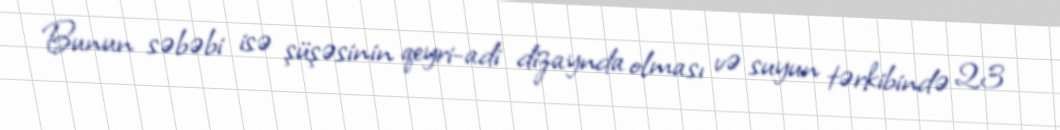
Bunun səbəbi isə şüşəsinin qeyri-adi dizaynda olması və suyun tərkibində 23